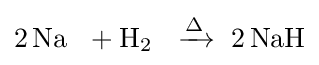
{2\,\mathrm {Na} ~\ {}+{}\mathrm {H} {\vphantom {A}}_{\smash[{t}]{2}}~\ {}\mathrel {\xrightarrow {\mathrm {\Delta } } } {}\ 2\,\mathrm {NaH} }